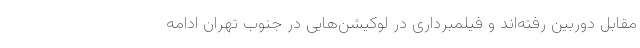
مقابل دوربین رفته‌اند و فیلمبرداری در لوکیشن‌هایی در جنوب تهران ادامه